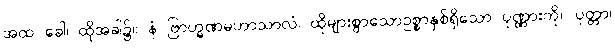
အထ ခေါ၊ ထိုအခါ၌။ နံ ဗြာဟ္မဏမဟာသာလံ၊ ထိုများစွာသောဥစ္စာနှစ်ရှိသော ပုဏ္ဏားကို။ ပုတ္တာ၊